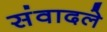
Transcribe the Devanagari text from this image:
संवादले